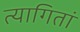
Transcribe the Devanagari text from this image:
त्यागितां